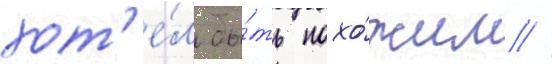
хот'е́л бы́ть похо́жим //